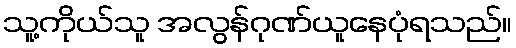
သူ့ကိုယ်သူ အလွန်ဂုဏ်ယူနေပုံရသည်။